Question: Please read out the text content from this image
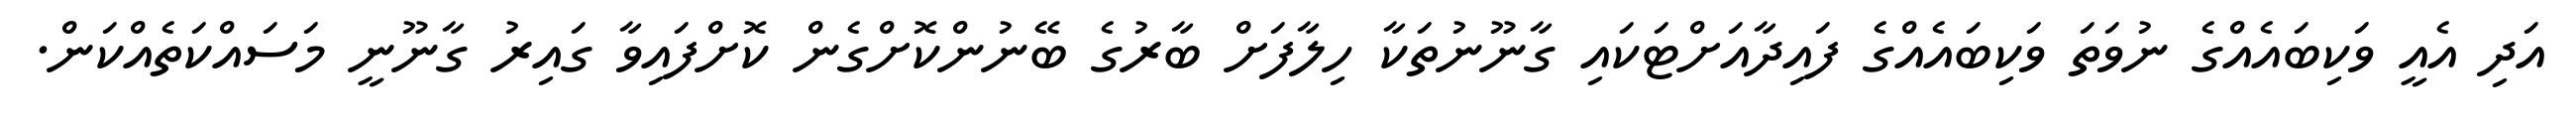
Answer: އަދި އެއީ ވަކިބައެއްގެ ނުވަތަ ވަކިބައެއްގެ ފައިދާއަށްޓަކައި ގާނޫނުތަކާ ހިލާފަށް ބާރުގެ ބޭނުންކޮށްގެން ކޮށްފައިވާ ގައިރު ގާނޫނީ މަސައްކަތެއްކަން.